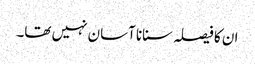
ان کا فیصلہ سنانا آسان نہیں تھا۔